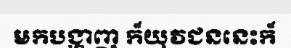
មកបង្ហាញ ក៏យុវជននេះក៏